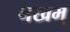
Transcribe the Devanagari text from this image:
नखम्